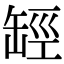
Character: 𦈵